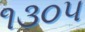
૧૩૦૫